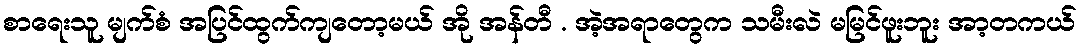
စာရေးသူ မျက်စံ အပြင်ထွက်ကျတော့မယ် အို အန်တီ . အဲ့အရာတွေက သမီးလဲ မမြင်ဖူးဘူး အာ့တကယ်